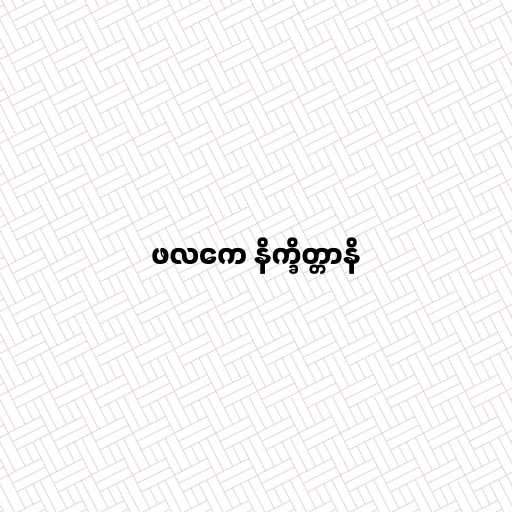
ဖလကေ နိက္ခိတ္တာနိ